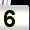
Digit: 5